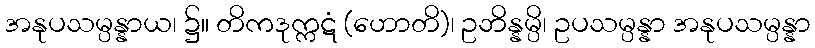
အနုပသမ္ပန္နာယ၊ ၌။ တိကဒုက္ကဋံ (ဟောတိ)၊ ဥဘိန္နမ္ပိ၊ ဥပသမ္ပန္နာ အနုပသမ္ပန္နာ